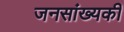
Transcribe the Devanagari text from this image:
जनसांख्यकी